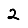
Digit: 2